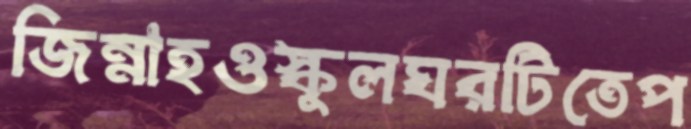
জিন্নাহওস্কুলঘরটিতেপ